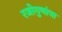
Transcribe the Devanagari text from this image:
रजोगुणांचा